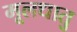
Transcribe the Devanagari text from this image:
मूलधातु